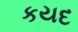
કયદ